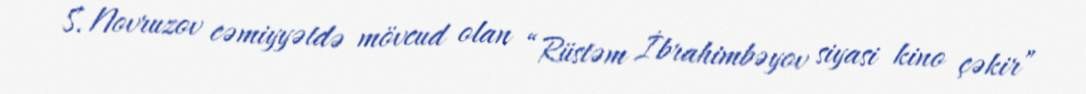
S. Novruzov cəmiyyətdə mövcud olan “Rüstəm İbrahimbəyov siyasi kino çəkir”